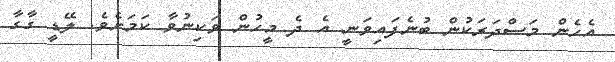
އެހެން މަސްދަރަކުން ބުނެފައިވަނީ އެ ދެ މީހުން ވަކިނުވާ ކަމަށެވެ. ލޭޑީ ގާގާ